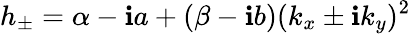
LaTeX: h_{\pm}=\alpha-\mathbf{i}a+(\beta-\mathbf{i}b)(k_{x}\pm\mathbf{i}k_{y})^{2}